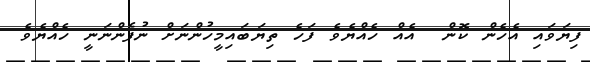
ފިޔަވައި އެހެން ކޮން  އެއް ހެއްޔެވެ ފަހެ ތިޔަބައިމީހުންނަށް ނުފެންނަނީ ހެއްޔެވެ